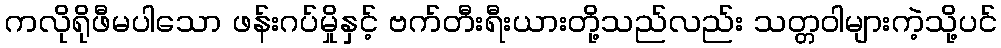
ကလိုရိုဖီမပါသော ဖန်းဂပ်မှိုနှင့် ဗက်တီးရီးယားတို့သည်လည်း သတ္တဝါများကဲ့သို့ပင်